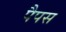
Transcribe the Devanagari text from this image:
पैपस